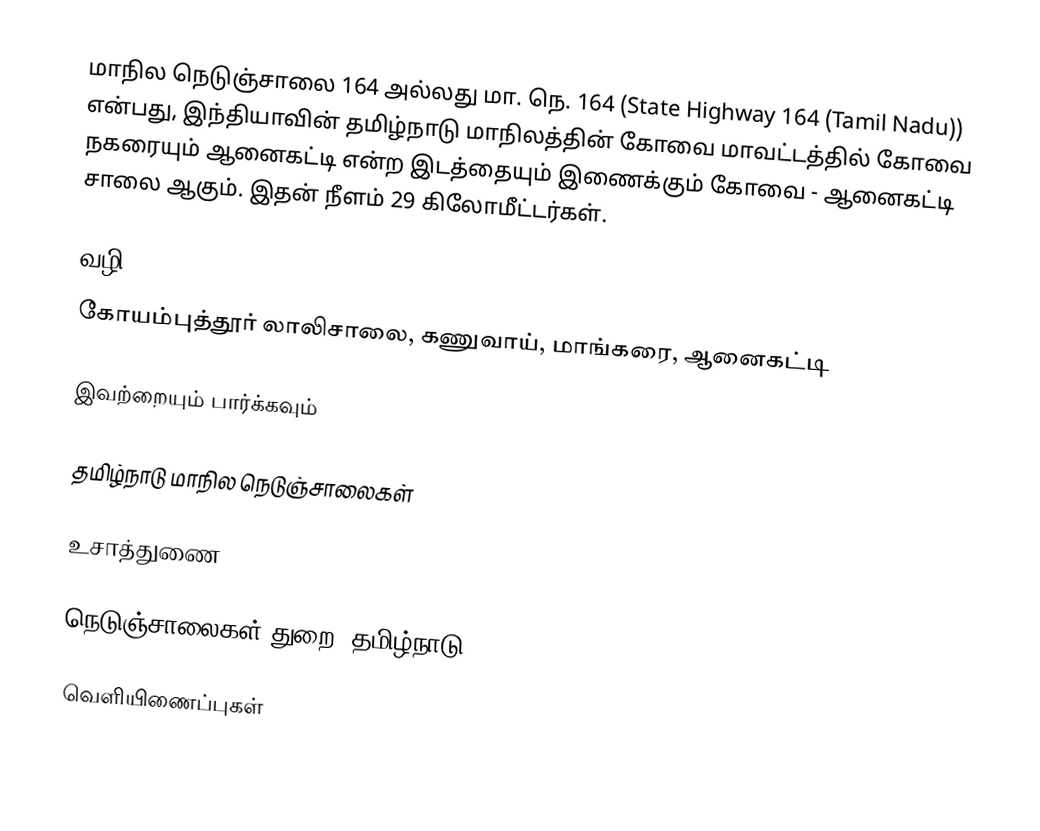
மாநில நெடுஞ்சாலை 164 அல்லது மா. நெ. 164 (State Highway 164 (Tamil Nadu)) என்பது, இந்தியாவின் தமிழ்நாடு மாநிலத்தின்  கோவை மாவட்டத்தில் கோவை நகரையும் ஆனைகட்டி என்ற இடத்தையும் இணைக்கும் கோவை - ஆனைகட்டி சாலை ஆகும். இதன் நீளம் 29 கிலோமீட்டர்கள்.

வழி
கோயம்புத்தூர் லாலிசாலை, கணுவாய், மாங்கரை, ஆனைகட்டி

இவற்றையும் பார்க்கவும்

 தமிழ்நாடு மாநில நெடுஞ்சாலைகள்

உசாத்துணை

 நெடுஞ்சாலைகள் துறை, தமிழ்நாடு

வெளியிணைப்புகள்